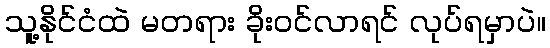
သူ့နိုင်ငံထဲ မတရား ခိုးဝင်လာရင် လုပ်ရမှာပဲ။